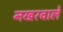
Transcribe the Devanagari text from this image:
नखरवाले